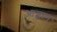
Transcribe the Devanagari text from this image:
आज्ञान